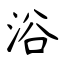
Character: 浴